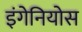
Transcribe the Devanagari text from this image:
इंगेनियोस